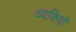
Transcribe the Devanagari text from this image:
व्यक्याेिं